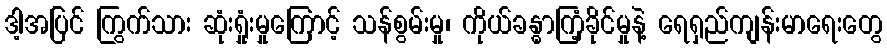
ဒါ့အပြင် ကြွက်သား ဆုံးရှုံးမှုကြောင့် သန်စွမ်းမှု၊ ကိုယ်ခန္ဓာကြံ့ခိုင်မှုနဲ့ ရေရှည်ကျန်းမာရေးတွေ